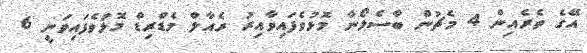
އޭގެ ތެރެއިން 4 މެޗުން ބާސެލޯނާ މޮޅުވެފައިވާއިރު ރެއާލް މެޑްރިޑް މޮޅުވެފައިވަނީ 6